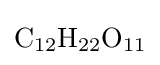
{\ce {C12H22O11}}